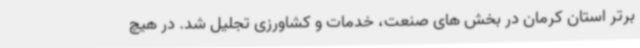
برتر استان کرمان در بخش های صنعت، خدمات و کشاورزی تجلیل شد. در هیچ